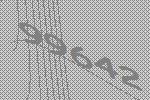
99642